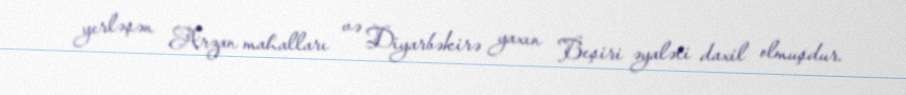
yerləşən Arzan mahalları və Diyarbəkirə yaxın Beşiri əyaləti daxil olmuşdur.